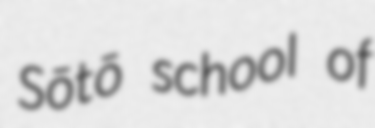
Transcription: Sōtō school of